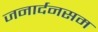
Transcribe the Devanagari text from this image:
जनार्दनसम